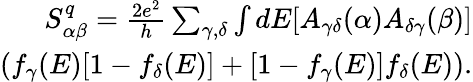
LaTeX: \begin{array}{r}{S_{\alpha\beta}^{q}=\frac{2e^{2}}{h}\sum_{\gamma,\delta}\int dE[A_{\gamma\delta}(\alpha)A_{\delta\gamma}(\beta)]}\\ {(f_{\gamma}(E)[1-f_{\delta}(E)]+[1-f_{\gamma}(E)]f_{\delta}(E)).}\end{array}